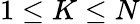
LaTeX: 1\leq K\leq N